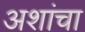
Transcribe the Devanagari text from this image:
अशांचा